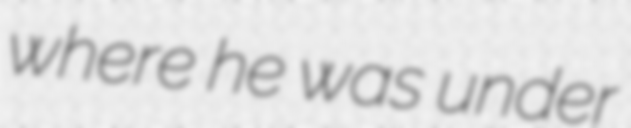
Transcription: where he was under